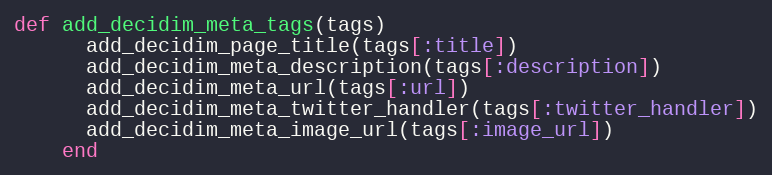
Language: Ruby
def add_decidim_meta_tags(tags)
      add_decidim_page_title(tags[:title])
      add_decidim_meta_description(tags[:description])
      add_decidim_meta_url(tags[:url])
      add_decidim_meta_twitter_handler(tags[:twitter_handler])
      add_decidim_meta_image_url(tags[:image_url])
    end